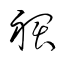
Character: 裙